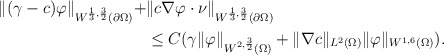
\begin{align*}\begin{aligned} \| (\gamma-c) \varphi \|_{W^{\frac{1}{3},\frac{3}{2}}(\partial\Omega)} +&\| c\nabla\varphi \cdot \nu \|_{W^{\frac{1}{3},\frac{3}{2}}(\partial\Omega)} \\&\le C(\gamma\|\varphi\|_{W^{2,\frac{3}{2}}(\Omega)}+\|\nabla c\|_{L^{2}(\Omega)}\|\varphi\|_{W^{1,6}(\Omega)}).\end{aligned}\end{align*}